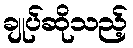
ချုပ်ဆိုသည့်